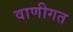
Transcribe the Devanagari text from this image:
वाणीगत